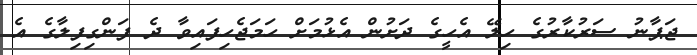
ޖަޕާނު ސަރުކާރުގެ ހިލޭ އެހީގެ ދަށުން އެޅުމަށް ހަމަޖެހިފައިވާ ދެ ފަންގިފިލާގެ އެ